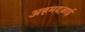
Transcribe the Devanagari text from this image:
अहमदज़ाई